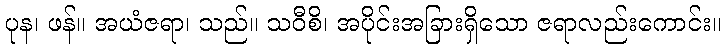
ပုန၊ ဖန်။ အယံဇရာ၊ သည်။ သဝီစိ၊ အပိုင်းအခြားရှိသော ဇရာလည်းကောင်း။